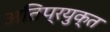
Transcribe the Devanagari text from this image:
अतिप्रयुक्त